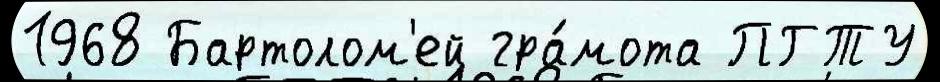
1968 Бартолом'ей гра́мота ПГТУ